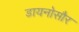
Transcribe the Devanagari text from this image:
डायनोसौर